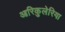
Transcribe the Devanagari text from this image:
आरिकुलेरिया